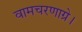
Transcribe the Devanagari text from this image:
वामचरणाग्रे।